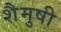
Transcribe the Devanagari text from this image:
शैमुषी